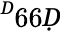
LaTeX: ^Ḋ66Ḍ